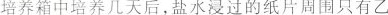
培养箱中培养几天后，盐水浸过的纸片周围只有乙